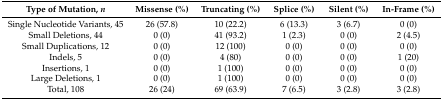
<table><thead><tr><td><b>Type of Mutation, <i>n</i></b></td><td><b>Missense (%)</b></td><td><b>Truncating (%)</b></td><td><b>Splice (%)</b></td><td><b>Silent (%)</b></td><td><b>In-Frame (%)</b></td></tr></thead><tbody><tr><td>Single Nucleotide Variants, 45</td><td>26 (57.8)</td><td>10 (22.2)</td><td>6 (13.3)</td><td>3 (6.7)</td><td>0 (0)</td></tr><tr><td>Small Deletions, 44</td><td>0 (0)</td><td>41 (93.2)</td><td>1 (2.3)</td><td>0 (0)</td><td>2 (4.5)</td></tr><tr><td>Small Duplications, 12</td><td>0 (0)</td><td>12 (100)</td><td>0 (0)</td><td>0 (0)</td><td>0 (0)</td></tr><tr><td>Indels, 5</td><td>0 (0)</td><td>4 (80)</td><td>0 (0)</td><td>0 (0)</td><td>1 (20)</td></tr><tr><td>Insertions, 1</td><td>0 (0)</td><td>1 (100)</td><td>0 (0)</td><td>0 (0)</td><td>0 (0)</td></tr><tr><td>Large Deletions, 1</td><td>0 (0)</td><td>1 (100)</td><td>0 (0)</td><td>0 (0)</td><td>0 (0)</td></tr><tr><td>Total, 108</td><td>26 (24)</td><td>69 (63.9)</td><td>7 (6.5)</td><td>3 (2.8)</td><td>3 (2.8)</td></tr></tbody></table>